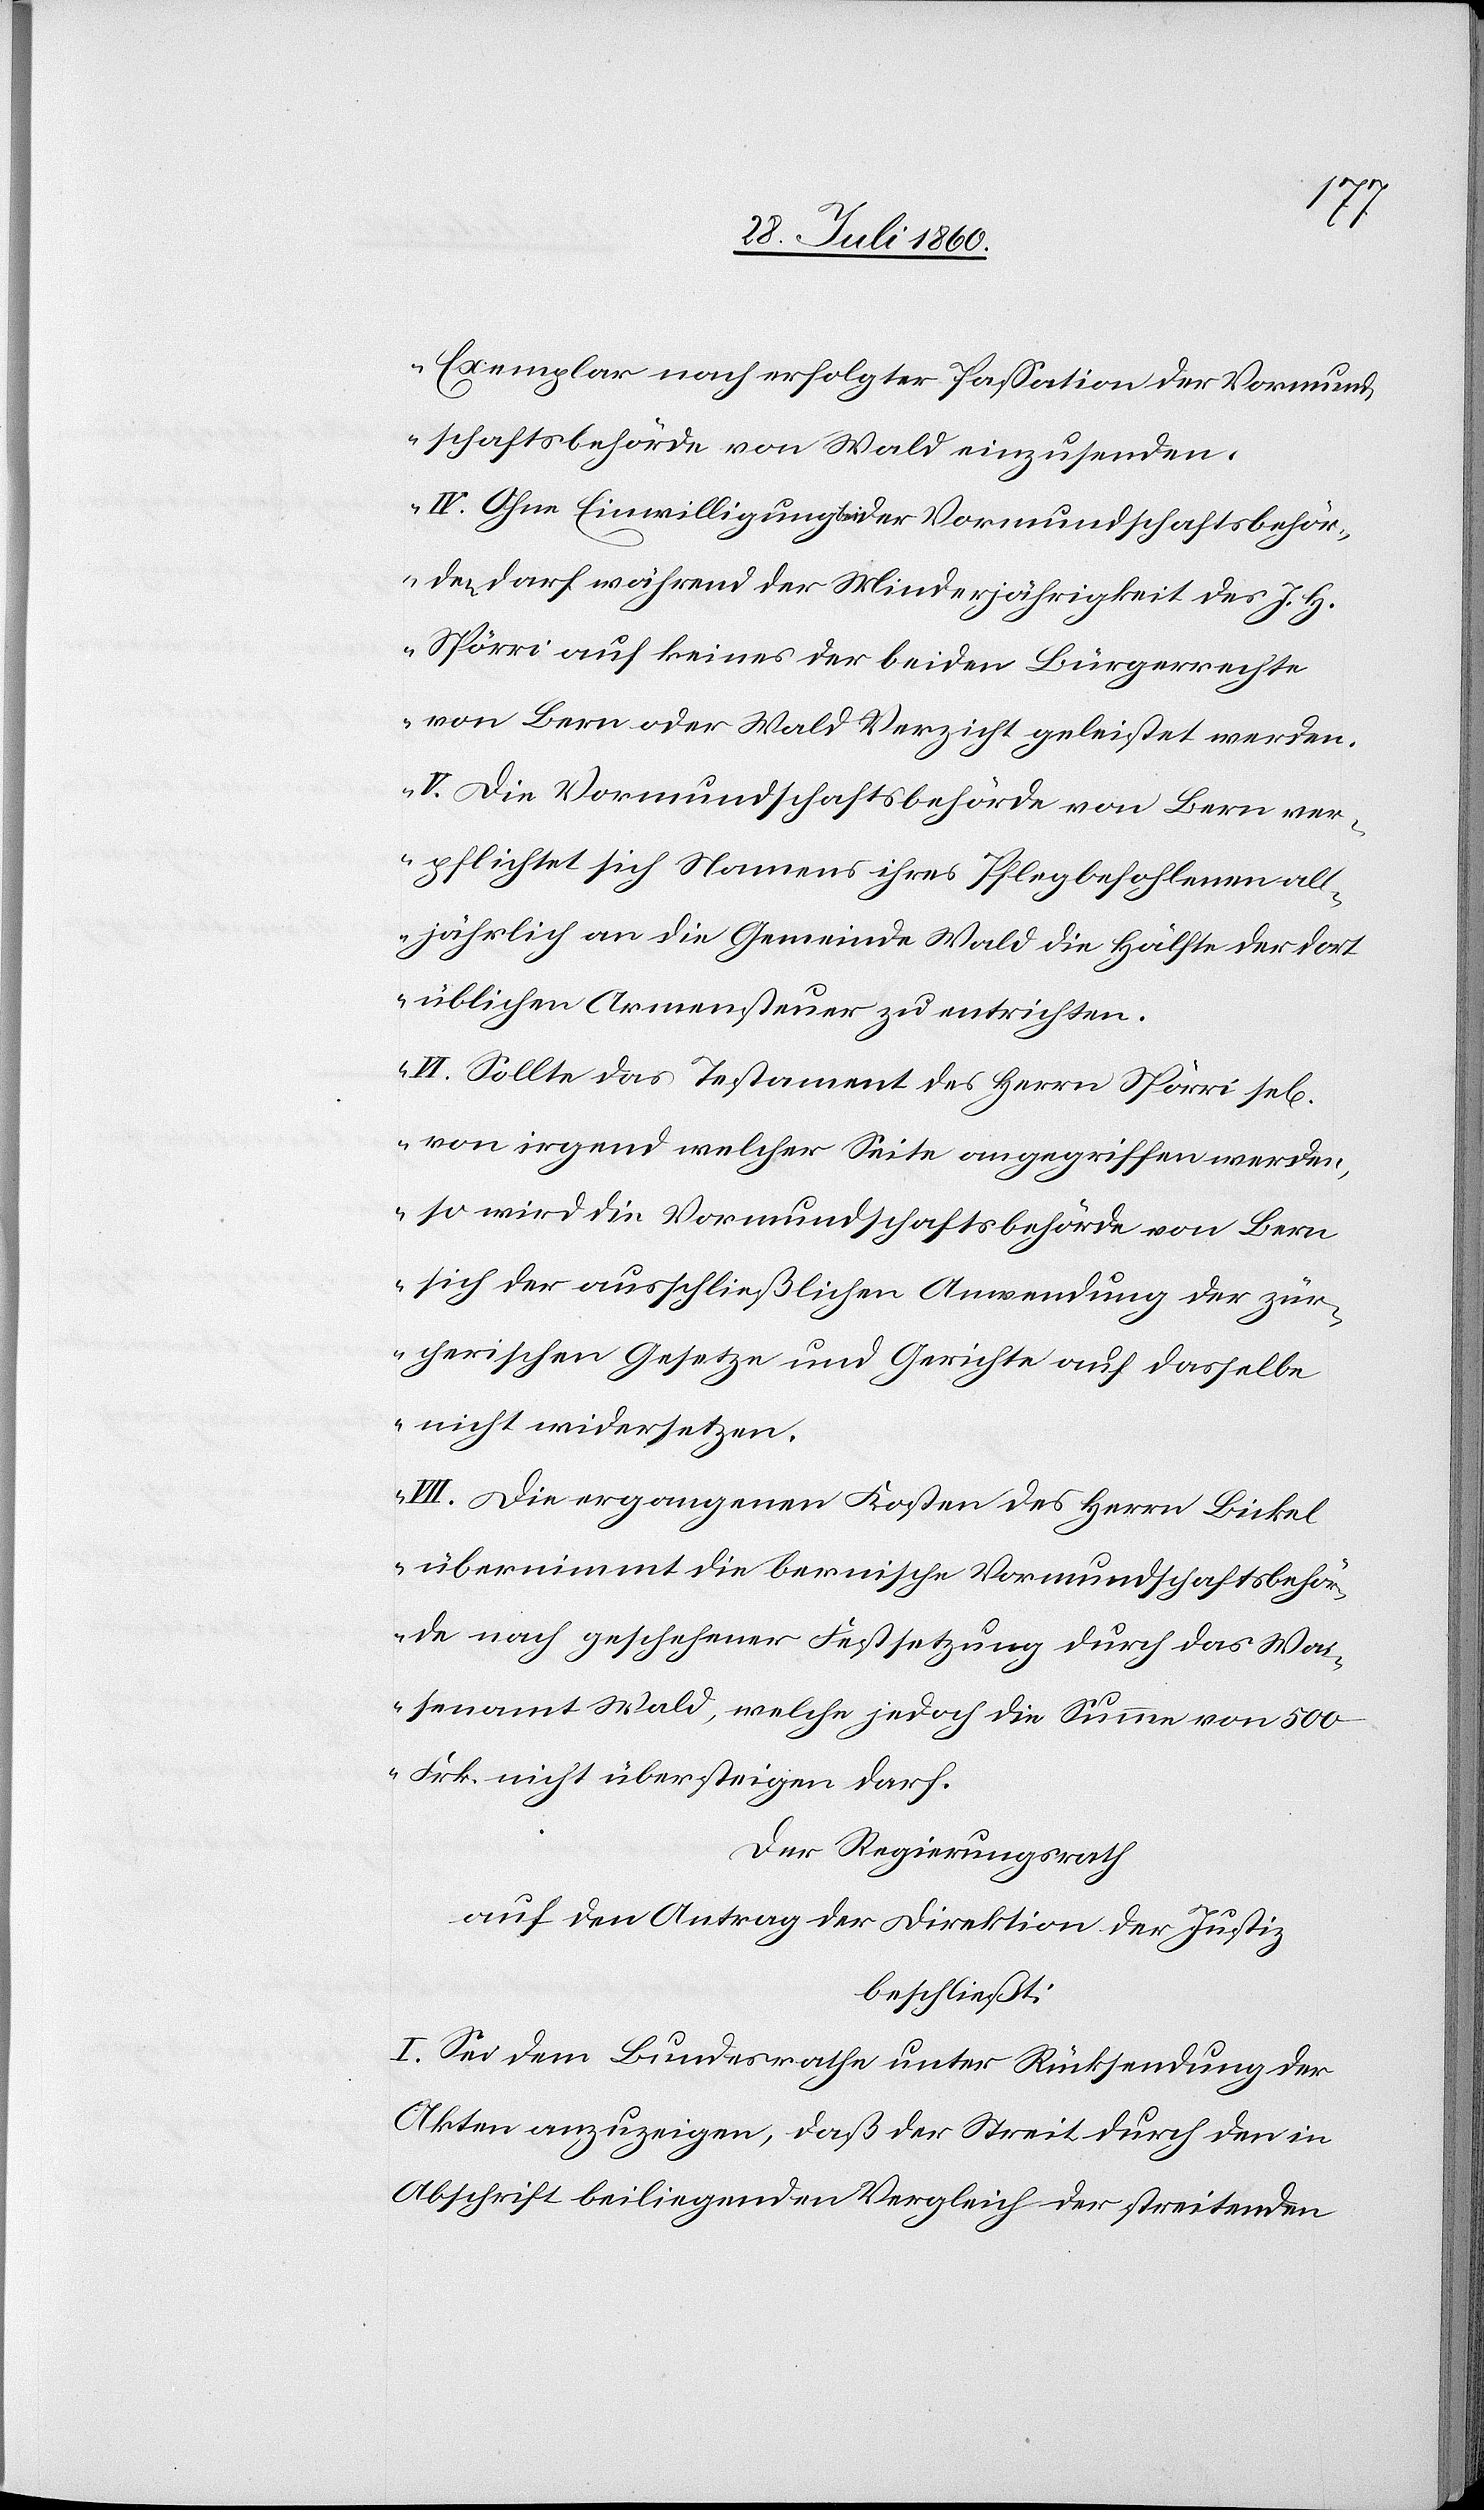
Exemplar nach erfolgter Passation der Vormund¬
schaftsbehörde von Wald einzusenden.
IV. Ohne Einwilligung beider Vormundschaftsbehör¬
den darf während der Minderjährigkeit des J. H.
Spörri auf keines der beiden Bürgerrechte
von Bern oder Wald Verzicht geleistet werden.
V. Die Vormundschaftsbehörde von Bern ver¬
pflichtet sich Namens ihres Pflegebefohlenen all¬
jährlich an die Gemeinde Wald die Hälfte der dort
üblichen Armensteuer zu entrichten.
VI. Sollte das Testament des Hrn. Spörri sel.
von irgend welcher Seite angegriffen werden,
so wird die Vormundschaftsbehörde von Bern
sich der ausschließlichen Anwendung der zür¬
cherischen Gesetze und Gerichte auf dasselbe
nicht widersetzen.
VII. Die ergangenen Kosten des Herrn Bickel
übernimmt die bernische Vormundschaftsbehör¬
de nach geschehener Festsetzung durch das Wai¬
senamt Wald, welche jedoch die Summe von 500
frk. nicht übersteigen darf.“
Der Regierungsrath,
auf den Antrag der Direktion der Justiz,
beschließt:
I. Sei dem Bundesrathe unter Rücksendung der
Akten anzuzeigen, dass der Streit durch den in
Abschrift beiliegenden Vergleich der streitenden